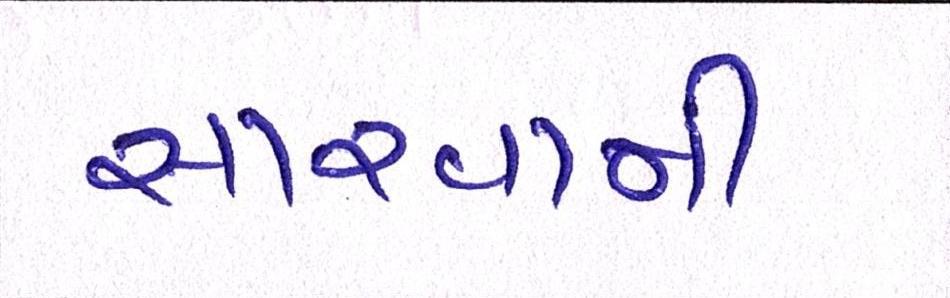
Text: સારવાની